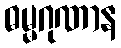
ဓမ္မဂုဏာန